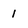
Character: 1